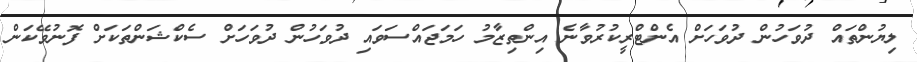
ލިޔުންތައް ދުވަހުން ދުވަހަށް އެންޓްރީކުރުވާނެ އިންތިޒާމު ހަމަޖައްސަވައި ދުވަހުން ދުވަހަށް ސެކްޝަންތަކަށް ފޮނުވޭކަން